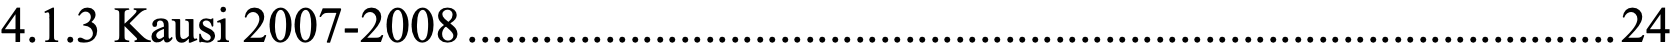
4.1.3 Kausi 2007-2008............................................................................................24